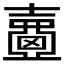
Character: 𡕈